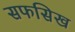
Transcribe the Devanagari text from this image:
सफसिख